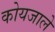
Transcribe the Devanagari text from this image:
कोयजाले